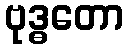
ဗုဒ္ဓတော